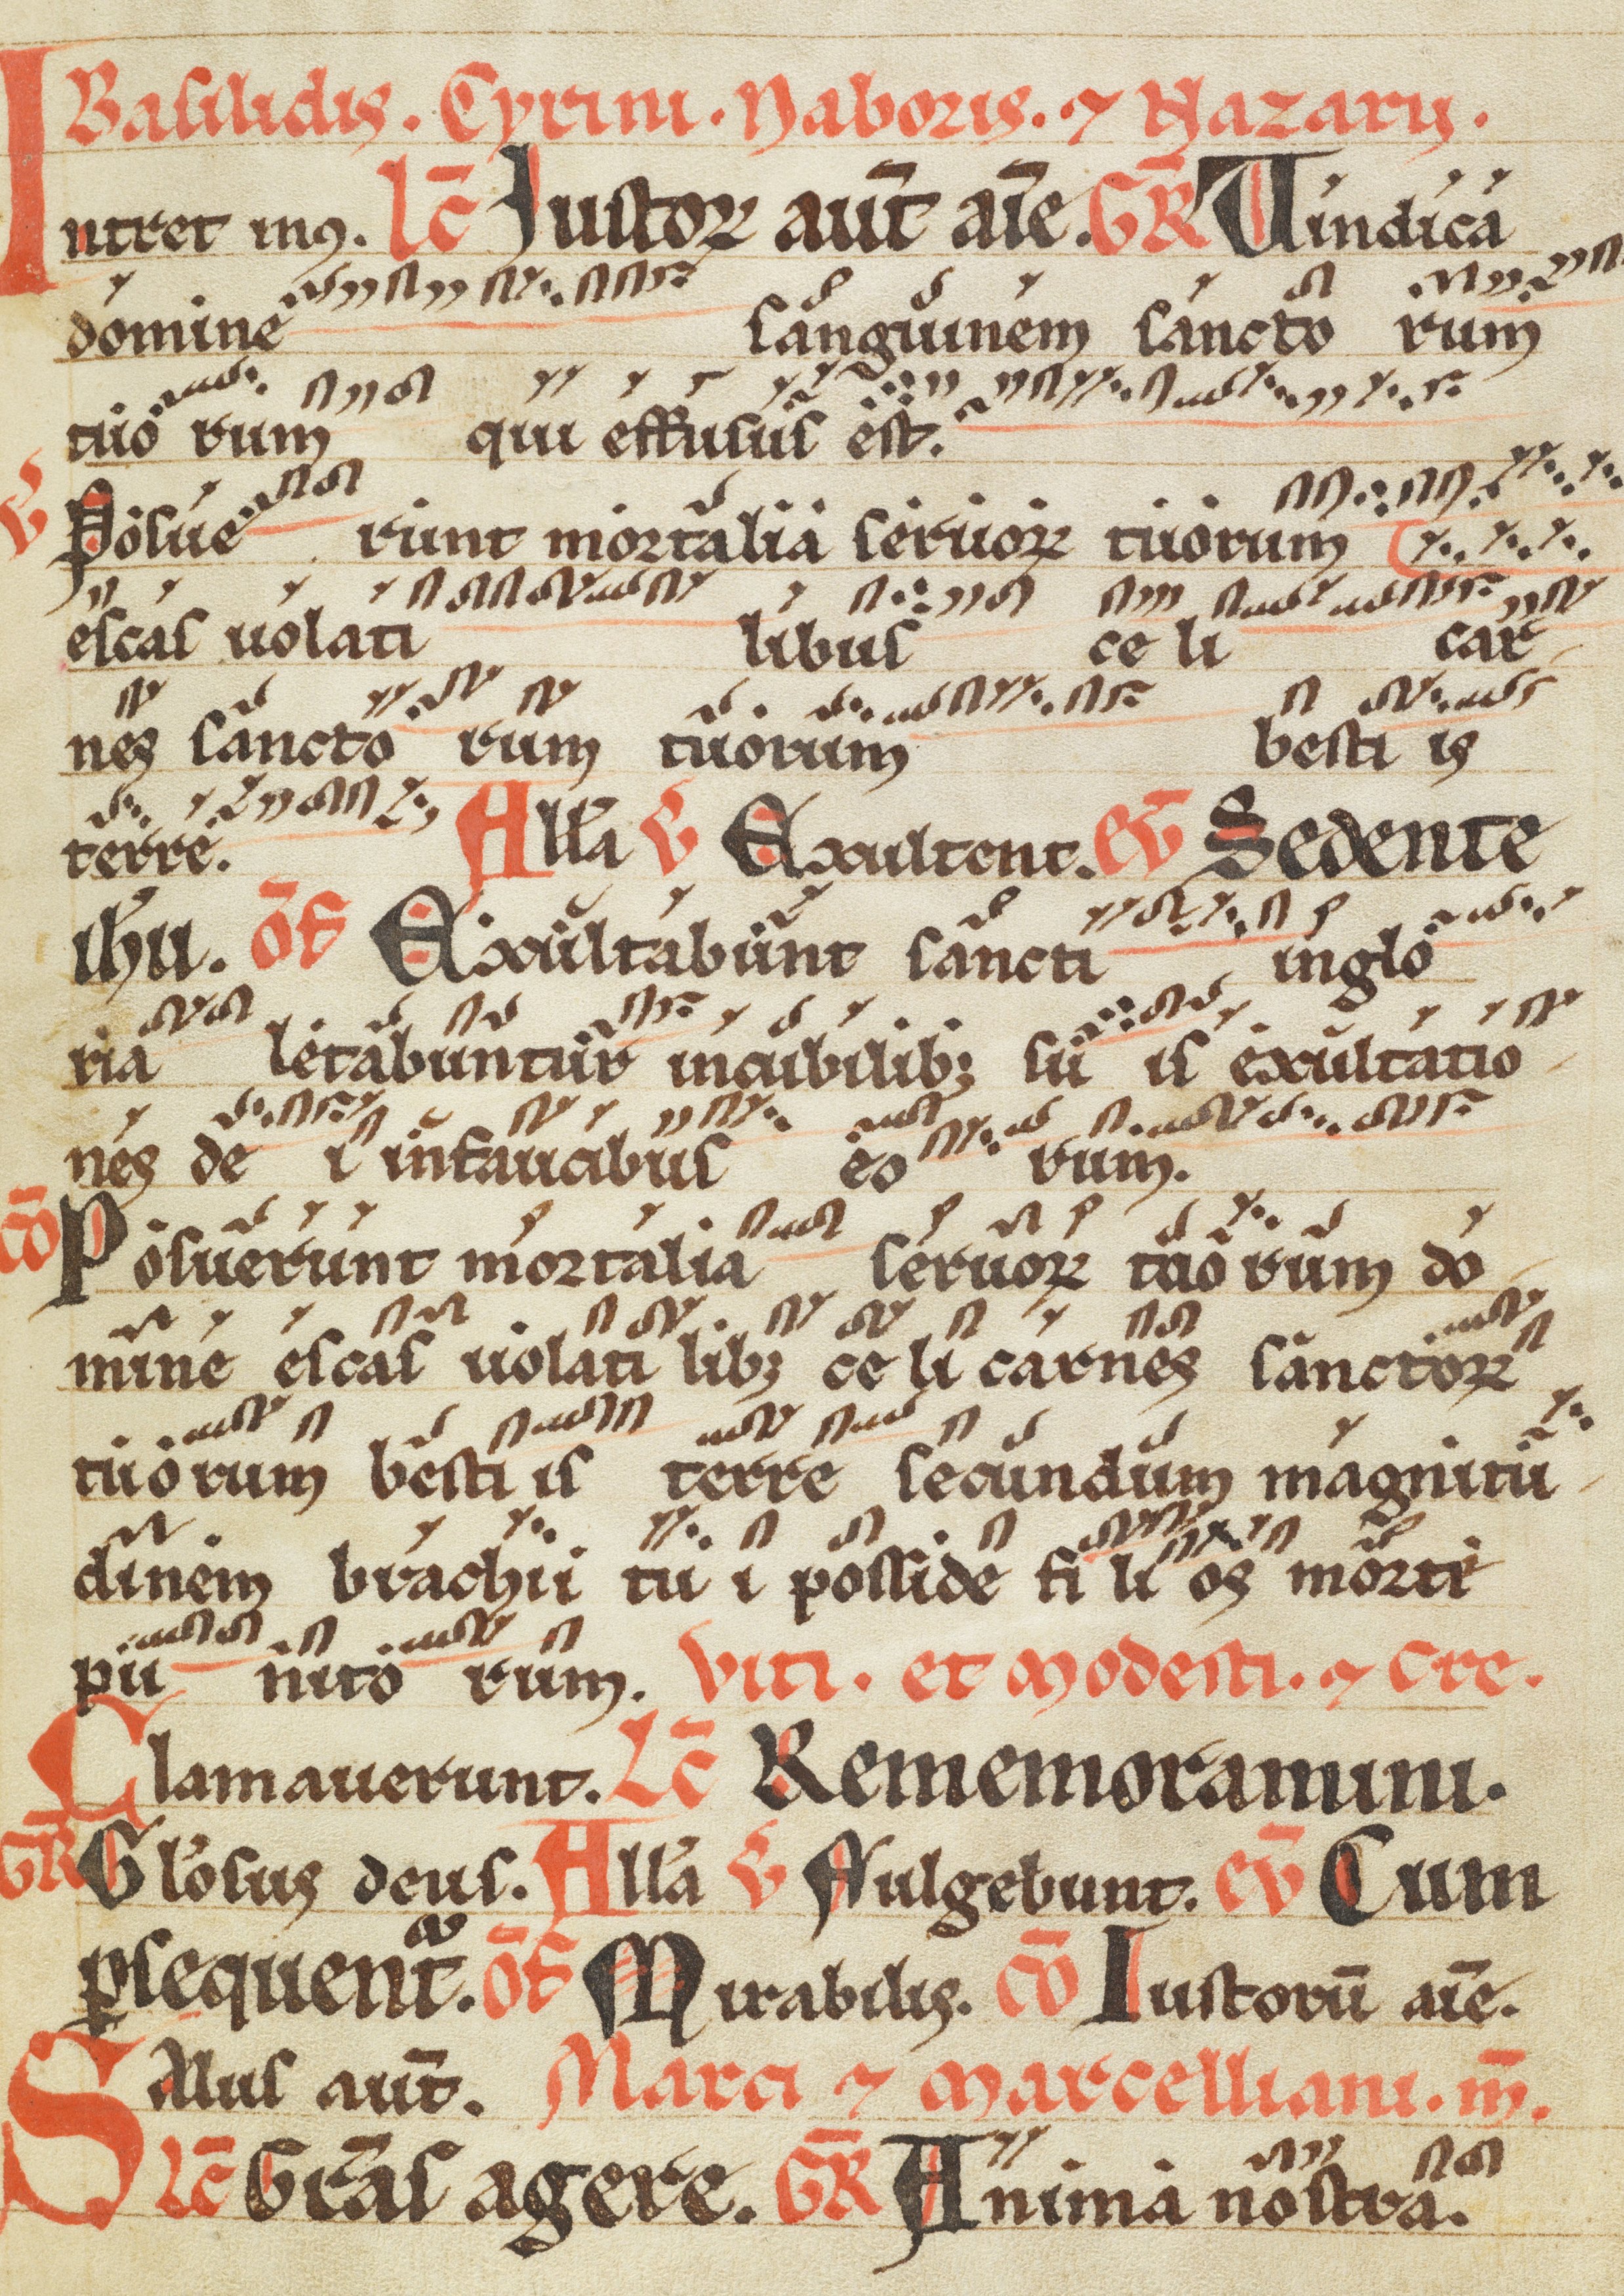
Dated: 1200–1299